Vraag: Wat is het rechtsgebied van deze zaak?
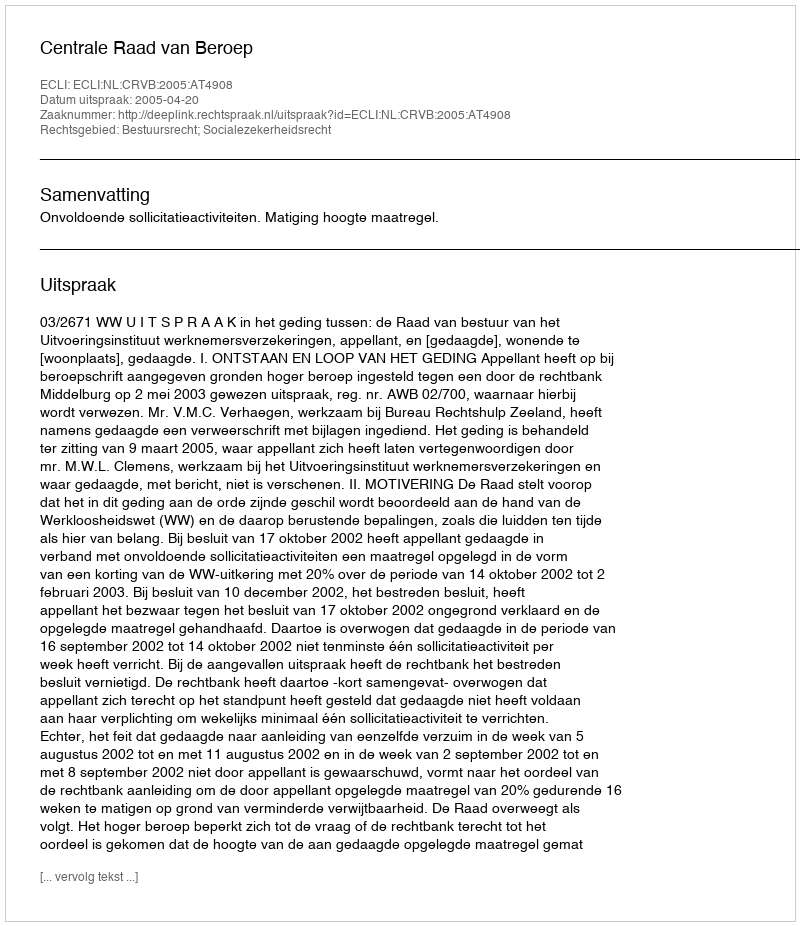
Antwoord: Bestuursrecht; Socialezekerheidsrecht